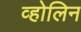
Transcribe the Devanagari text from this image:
व्होलिन